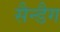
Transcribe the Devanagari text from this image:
सैन्डैग